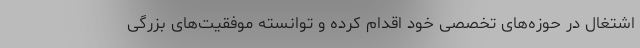
اشتغال در حوزه‌های تخصصی خود اقدام کرده و توانسته موفقیت‌های بزرگی